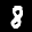
Digit: 8